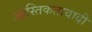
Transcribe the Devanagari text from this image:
आस्तिकतावादी